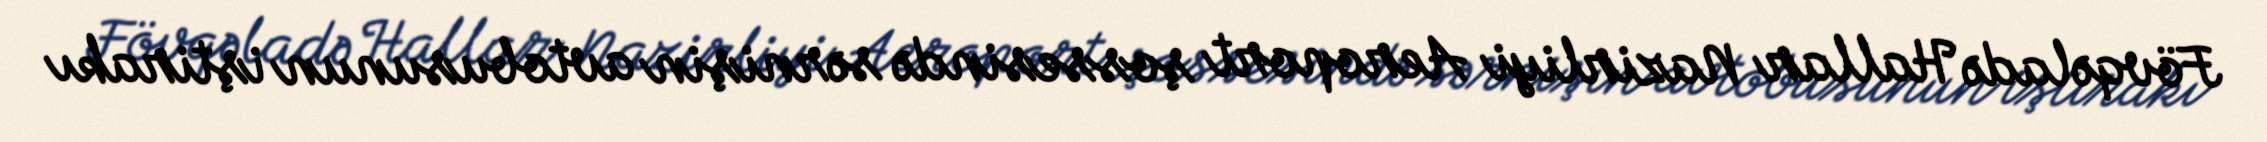
Fövqəladə Hallar Nazirliyi Aeroport şossesində sərnişin avtobusunun iştirakı